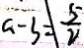
a - b = \frac { 5 } { 2 }